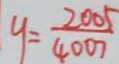
y = \frac { 2 0 0 5 } { 4 0 0 7 }